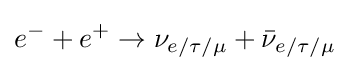
e^{-}+e^{+}\rightarrow \nu _{e/\tau /\mu }+{\bar {\nu }}_{e/\tau /\mu }